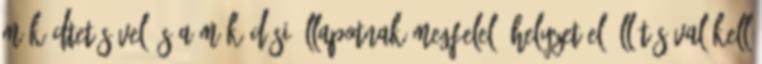
mûködtetésével és a mûködési állapotnak megfelelõ helyzet elõállításával kell